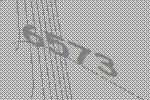
6573